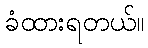
ခံထားရတယ်။